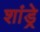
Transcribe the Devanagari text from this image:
शांड्रे